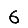
Digit: 6